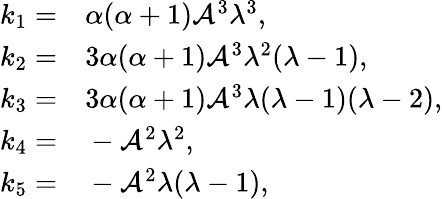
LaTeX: \begin{array}{rl}{k_{1}=}&{{}\alpha(\alpha+1)\mathcal{A}^{3}\lambda^{3},}\\ {k_{2}=}&{{}3\alpha(\alpha+1)\mathcal{A}^{3}\lambda^{2}(\lambda-1),}\\ {k_{3}=}&{{}3\alpha(\alpha+1)\mathcal{A}^{3}\lambda(\lambda-1)(\lambda-2),}\\ {k_{4}=}&{{}-\mathcal{A}^{2}\lambda^{2},}\\ {k_{5}=}&{{}-\mathcal{A}^{2}\lambda(\lambda-1),}\end{array}